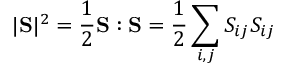
| \mathrm { \bf S } | ^ { 2 } = \frac { 1 } { 2 } \mathrm { \bf S } : \mathrm { \bf S } = \frac { 1 } { 2 } \sum _ { i , j } S _ { i j } S _ { i j }